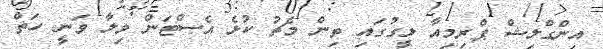
އިންގްލިޝް ޕްރިމިއާ ލީގުގައި ތިން މެޗު ކުޅެ އެސްޓަން ވިލާ ވަނީ ހަތް